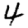
Digit: 4